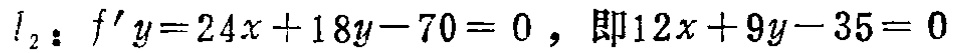
$l_{2}: f^{\prime}y = 24x + 18y - 70 = 0，即12x + 9y - 35 = 0$